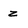
Character: z